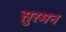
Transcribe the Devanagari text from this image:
सुरमन